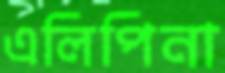
এলিপিনা